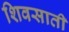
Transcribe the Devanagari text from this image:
शिवसाती